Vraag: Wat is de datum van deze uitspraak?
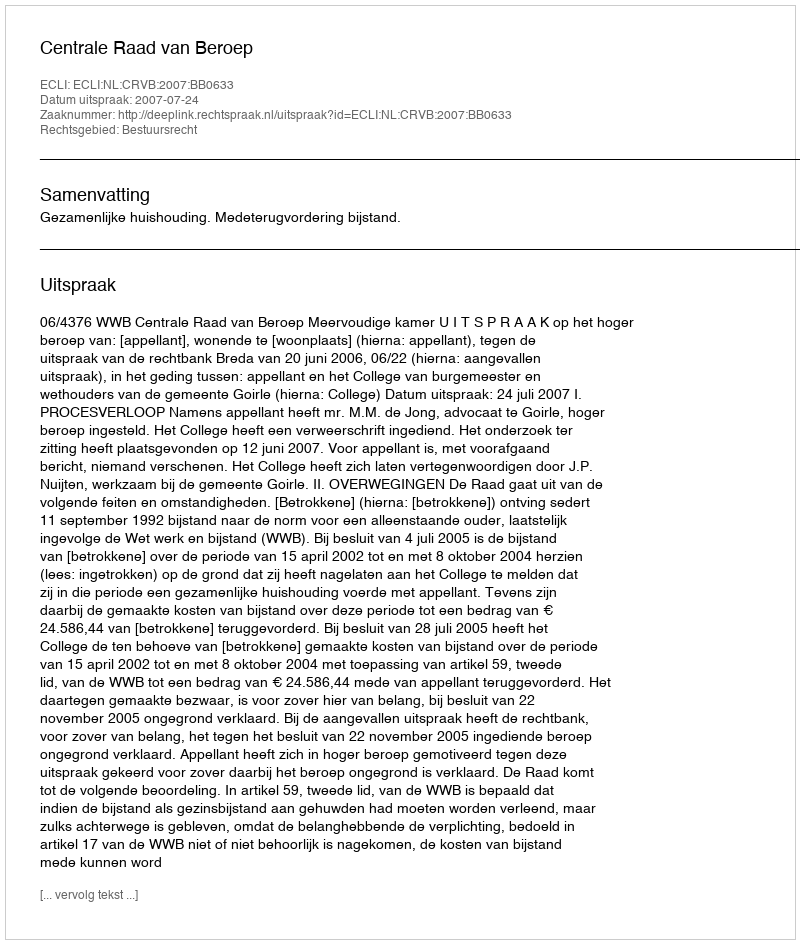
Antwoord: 2007-07-24